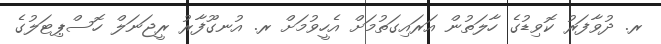
ރ. ދުވާފަރު ކޮވިޑުގެ ހާލަތުން އަރައިގަތުމަށް އެހީވުމަށް ރ. އުނގޫފާރު ރީޖަނަލް ހޮސްޕިޓަލުގެ